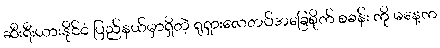
ဆီးရီးယားနိုင်ငံ ပြည်နယ်မှာရှိတဲ့ ရုရှားလေတပ်အခြေစိုက် စခန်း ကို မနေ့က